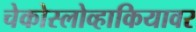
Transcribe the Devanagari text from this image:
चेकोस्लोव्हाकियावर